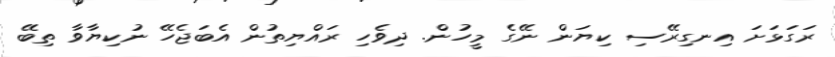
ރަގަޅަށަ އިނގިރޭސި ކިޔަން ނޭގެ މީހުން. ދިވެހި ރައްޔިތުން އެބަޖެހޭ ނުކިޔާވާ ތިބޭ